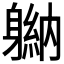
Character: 𬧮